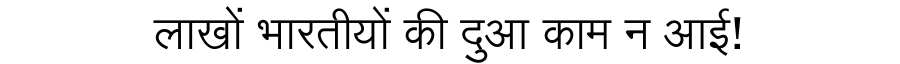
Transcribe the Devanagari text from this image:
लाखों भारतीयों की दुआ काम न आई!